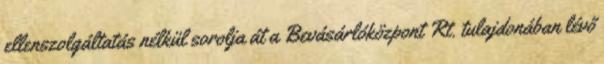
ellenszolgáltatás nélkül sorolja át a Bevásárlóközpont Rt. tulajdonában lévő